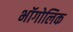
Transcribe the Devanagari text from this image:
भॉगोलिक